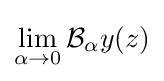
\lim _{\alpha \rightarrow 0}{\mathcal {B}}_{\alpha }y(z)